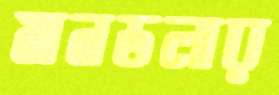
মানডলার